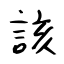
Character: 該